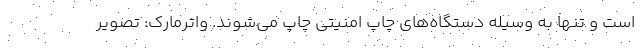
است و تنها به وسیله دستگاه‌های چاپ امنیتی چاپ می‌شوند. واترمارک: تصویر